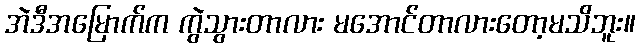
အဲဒီအမြောက်က ကွဲသွားတာလား မအောင်တာလားတော့မသိဘူး။